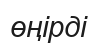
өңірді